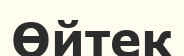
Өйтек